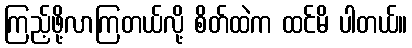
ကြည့်ဖို့လာကြတယ်လို့ စိတ်ထဲက ထင်မိ ပါတယ်။